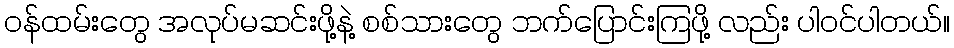
ဝန်ထမ်းတွေ အလုပ်မဆင်းဖို့နဲ့ စစ်သားတွေ ဘက်ပြောင်းကြဖို့ လည်း ပါဝင်ပါတယ်။